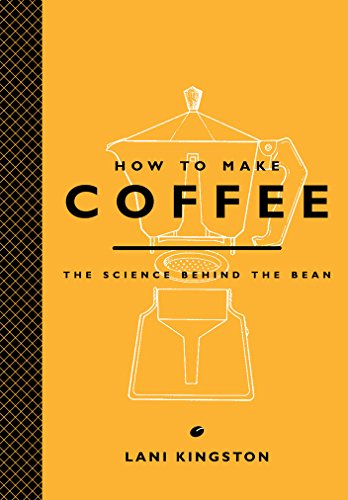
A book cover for How to Make Coffee: The Science Behind the Bean; Lani Kingston; Cookbooks, Food & Wine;